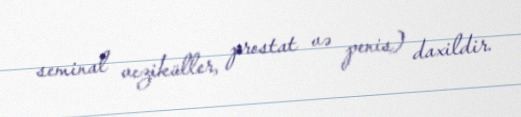
seminal veziküller, prostat və penis) daxildir.